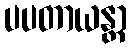
ပပတာယန္တာ